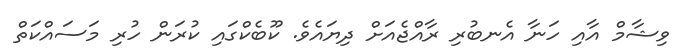
ވިޝާމް އާއި ހަނާ އެނބުރި ރާއްޖެއަށް ދިޔައެވެ. ކޫބެކްގައި ކުރަން ހުރި މަސައްކަތް